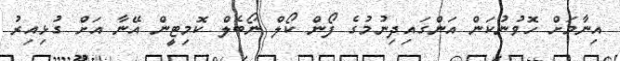
އިނާމަށް ހޮވުނުކަން އަންގައިދިނުމުގެ ފޯން ކޯލް ނޯބެލް ކޮމިޓީން އޭނާ އަށް ގުޅިއިރު